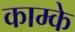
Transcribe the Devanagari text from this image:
काम्के